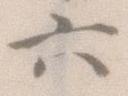
六